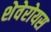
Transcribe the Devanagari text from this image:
शेवेरोयस